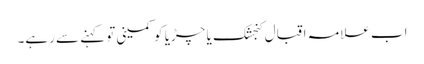
اب علامہ اقبال کنجشک یا چڑیا کو کمینی تو کہنے سے رہے۔